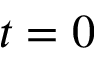
t = 0